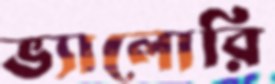
ভ্যালোরি